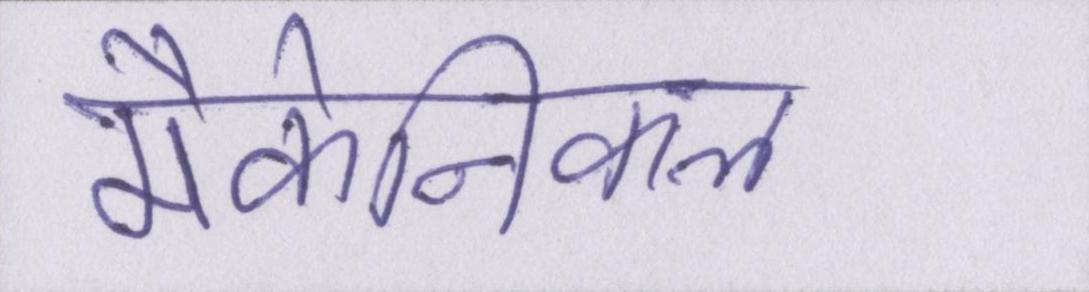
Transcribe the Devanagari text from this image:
मैकेनिकल